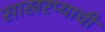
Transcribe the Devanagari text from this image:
साखरप्याची